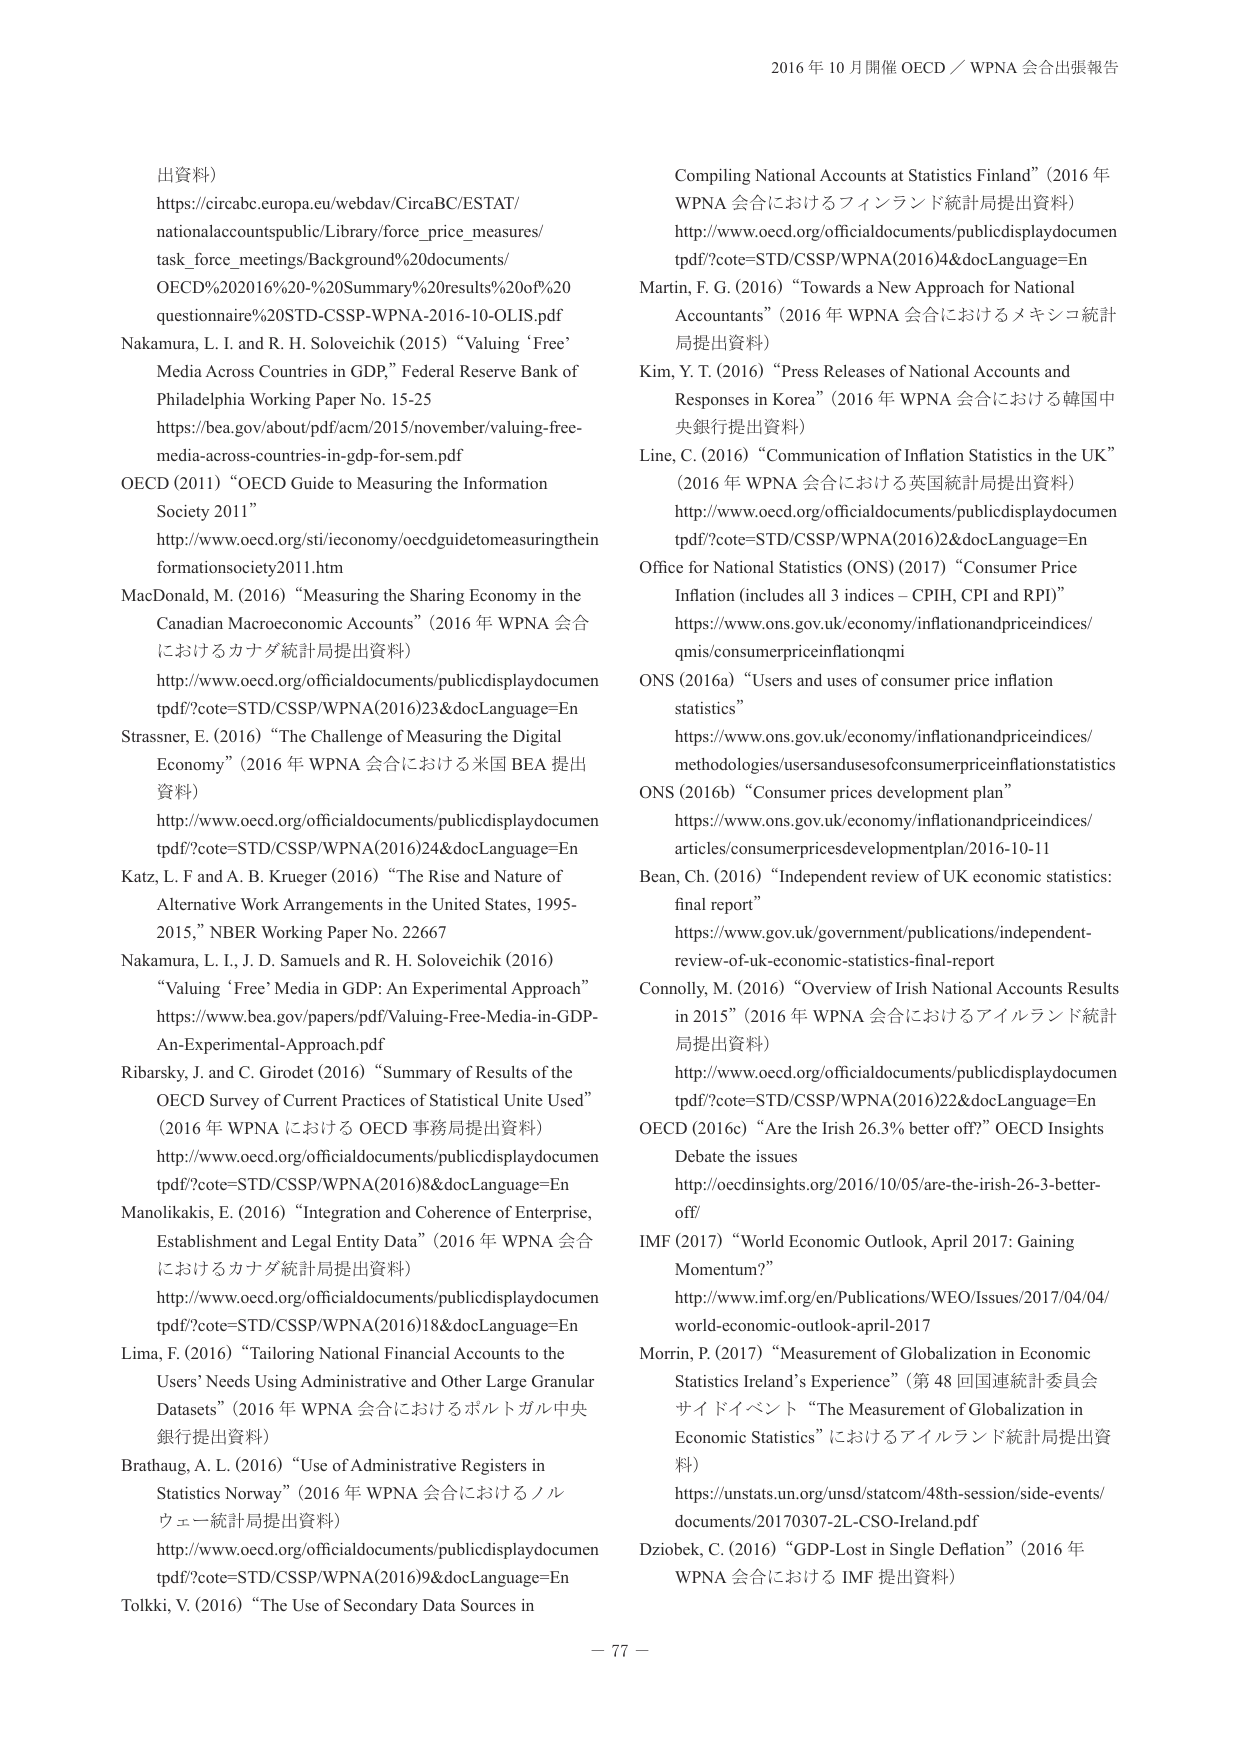
2016 年 10 月開催 OECD／WPNA 会合出張報告

出資料）

https://circabc.europa.eu/webdav/CircaBC/ESTAT/
nationalaccountspublic/Library/force_price_measures/
task_force_meetings/Background%20documents/
OED%202016%20%20Summary%20results%20of%20
questionnaire%20STD-CSSP-WPNA-2016-10-OLIS.pdf

Nakamura, L. I. and R. H. Soloveichik (2015) “Valuing ‘Free’
Media Across Countries in GDP,” Federal Reserve Bank of
Philadelphia Working Paper No. 15-25
https://bea.gov/about/pdf/acm/2015/november/valuing-free-
media-across-countries-in-gdp-for-sem.pdf

OECD (2011) “OECD Guide to Measuring the Information
Society 2011”
http://www.oecd.org/sti/economy/oecdguidetomeasuringthein
formationsociety2011.htm

MacDonald, M. (2016) “Measuring the Sharing Economy in the
Canadian Macroeconomic Accounts” (2016 年 WPNA 会合
におけるカナダ統計局提出資料)
http://www.oecd.org/officialdocuments/publicdisplaydocumen
tpdf/?cote=STD/CSSP/WPNA(2016)23&docLanguage=En

Strassner, E. (2016) “The Challenge of Measuring the Digital
Economy” (2016 年 WPNA 会合における米国 BEA 提出
資料)
http://www.oecd.org/officialdocuments/publicdisplaydocumen
tpdf/?cote=STD/CSSP/WPNA(2016)24&docLanguage=En

Katz, L. F and A. B. Krueger (2016) “The Rise and Nature of
Alternative Work Arrangements in the United States, 1995-
2015,” NBER Working Paper No. 22667

Nakamura, L. I., J. D. Samuels and R. H. Soloveichik (2016)
“Valuing ‘Free’ Media in GDP: An Experimental Approach”
https://www.bea.gov/papers/pdf/Valuing-Free-Media-in-GDP-
An-Experimental-Approach.pdf

Ribarsky, J. and C. Girodet (2016) “Summary of Results of the
OECD Survey of Current Practices of Statistical Unite Used”
(2016 年 WPNA における OECD 事務局提出資料)
http://www.oecd.org/officialdocuments/publicdisplaydocumen
tpdf/?cote=STD/CSSP/WPNA(2016)8&docLanguage=En

Manolikakis, E. (2016) “Integration and Coherence of Enterprise,
Establishment and Legal Entity Data” (2016 年 WPNA 会合
におけるカナダ統計局提出資料)
http://www.oecd.org/officialdocuments/publicdisplaydocumen
tpdf/?cote=STD/CSSP/WPNA(2016)18&docLanguage=En

Lima, F. (2016) “Tailoring National Financial Accounts to the
Users’ Needs Using Administrative and Other Large Granular
Datasets” (2016 年 WPNA 会合におけるポルトガル中央
銀行提出資料)

Brathaug, A. L. (2016) “Use of Administrative Registers in
Statistics Norway” (2016 年 WPNA 会合におけるノル
ウェー統計局提出資料)
http://www.oecd.org/officialdocuments/publicdisplaydocumen
tpdf/?cote=STD/CSSP/WPNA(2016)9&docLanguage=En

Tolkki, V. (2016) “The Use of Secondary Data Sources in

Compiling National Accounts at Statistics Finland” (2016 年
WPNA 会合におけるフィンランド統計局提出資料)
http://www.oecd.org/officialdocuments/publicdisplaydocumen
tpdf/?cote=STD/CSSP/WPNA(2016)4&docLanguage=En

Martin, F. G. (2016) “Towards a New Approach for National
Accountants” (2016 年 WPNA 会合におけるメキシコ統計
局提出資料)

Kim, Y. T. (2016) “Press Releases of National Accounts and
Responses in Korea” (2016 年 WPNA 会合における韓国中
央銀行提出資料)

Line, C. (2016) “Communication of Inflation Statistics in the UK”
(2016 年 WPNA 会合における英国統計局提出資料)
http://www.oecd.org/officialdocuments/publicdisplaydocumen
tpdf/?cote=STD/CSSP/WPNA(2016)2&docLanguage=En

Office for National Statistics (ONS) (2017) “Consumer Price
Inflation (includes all 3 indices – CPIH, CPI and RPI)”
https://www.ons.gov.uk/economy/inflationandpriceindices/
qmis/consumerpriceinflationqmi

ONS (2016a) “Users and uses of consumer price inflation
statistics”
https://www.ons.gov.uk/economy/inflationandpriceindices/
methodologies/usersandusesofconsumerpriceinflationstatistics

ONS (2016b) “Consumer prices development plan”
https://www.ons.gov.uk/economy/inflationandpriceindices/
articles/consumerpricesdevelopmentplan/2016-10-11

Bean, Ch. (2016) “Independent review of UK economic statistics:
final report”
https://www.gov.uk/government/publications/independent-
review-of-uk-economic-statistics-final-report

Connolly, M. (2016) “Overview of Irish National Accounts Results
in 2015” (2016 年 WPNA 会合におけるアイルランド統計
局提出資料)
http://www.oecd.org/officialdocuments/publicdisplaydocumen
tpdf/?cote=STD/CSSP/WPNA(2016)22&docLanguage=En

OECD (2016c) “Are the Irish 26.3% better off?” OECD Insights
Debate the issues
http://oecdinsights.org/2016/10/05/are-the-irish-26-3-better-
off/

IMF (2017) “World Economic Outlook, April 2017: Gaining
Momentum?”
http://www.imf.org/en/Publications/WEO/Issues/2017/04/04/
world-economic-outlook-april-2017

Morrin, P. (2017) “Measurement of Globalization in Economic
Statistics Ireland’s Experience” (第 48 回国連統計委員会
サイドイベント “The Measurement of Globalization in
Economic Statistics” におけるアイルランド統計局提出資
料)
https://unstats.un.org/unsd/statcom/48th-session/side-events/
documents/20170307-2L-CSO-Ireland.pdf

Dziobek, C. (2016) “GDP-Lost in Single Deflation” (2016 年
WPNA 会合における IMF 提出資料)

－ 77 －